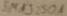
Text: SMA3250A